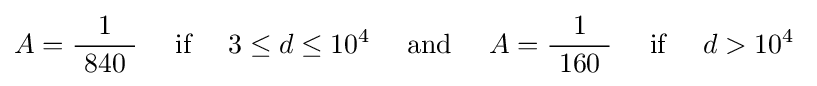
A={\frac {1}{\ 840\ }}\quad {\text{ if }}\quad 3\leq d\leq 10^{4}\quad {\text{ and }}\quad A={\frac {1}{\ 160\ }}\quad {\text{ if }}\quad d>10^{4}~